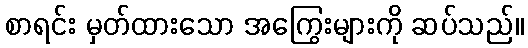
စာရင်း မှတ်ထားသော အကြွေးများကို ဆပ်သည်။